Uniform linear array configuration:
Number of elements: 8
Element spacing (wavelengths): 0.5
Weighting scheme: binomial
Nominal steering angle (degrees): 15
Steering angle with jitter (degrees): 16.349
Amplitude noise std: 0.05
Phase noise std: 0.05

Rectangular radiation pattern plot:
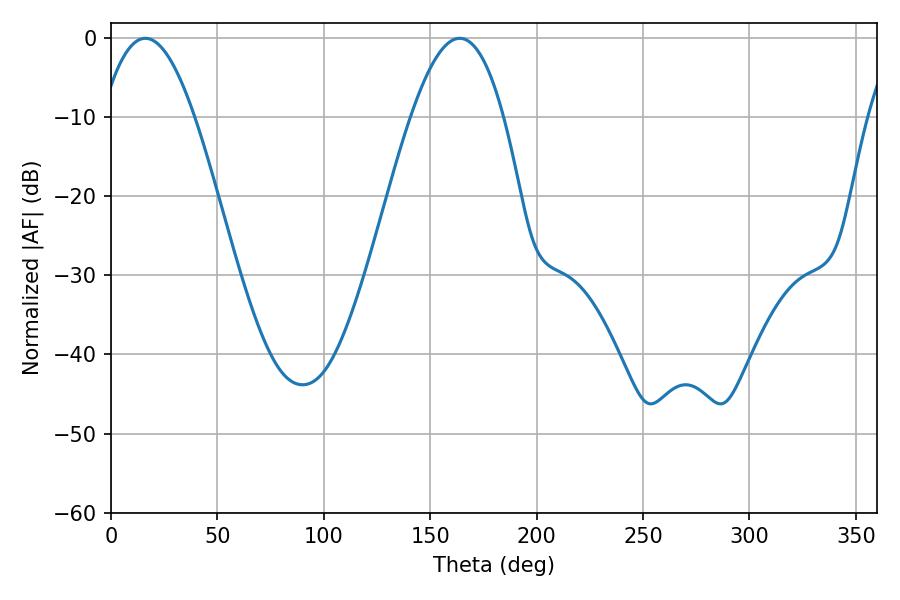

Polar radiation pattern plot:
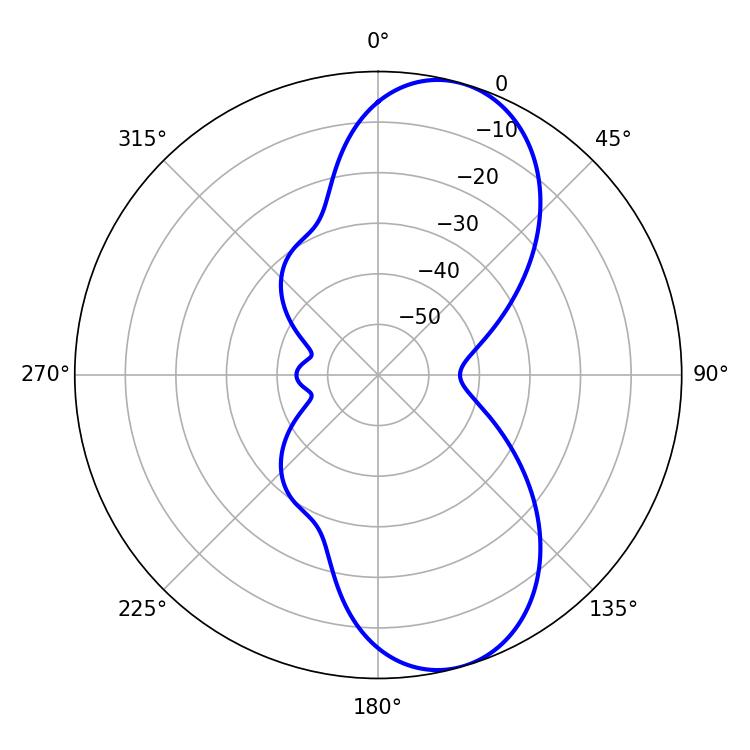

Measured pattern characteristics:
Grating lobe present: FALSE
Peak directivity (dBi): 8.925
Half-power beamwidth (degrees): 23.76
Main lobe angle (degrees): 16.2